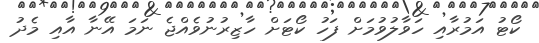
ކޯޓު އަމުރާއި ހަވާލުވުމަށް ފަހު ކޯޓަށް ހާޒިރުނުވެއްޖެ ނަމަ އޭނާ އާއި މެދު